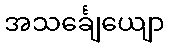
အသင်္ချေယျော